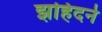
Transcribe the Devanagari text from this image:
झहिदने